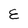
Character: E